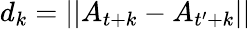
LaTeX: d_{k}=\lvert\lvert A_{t+k}-A_{t^{\prime}+k}\rvert\rvert